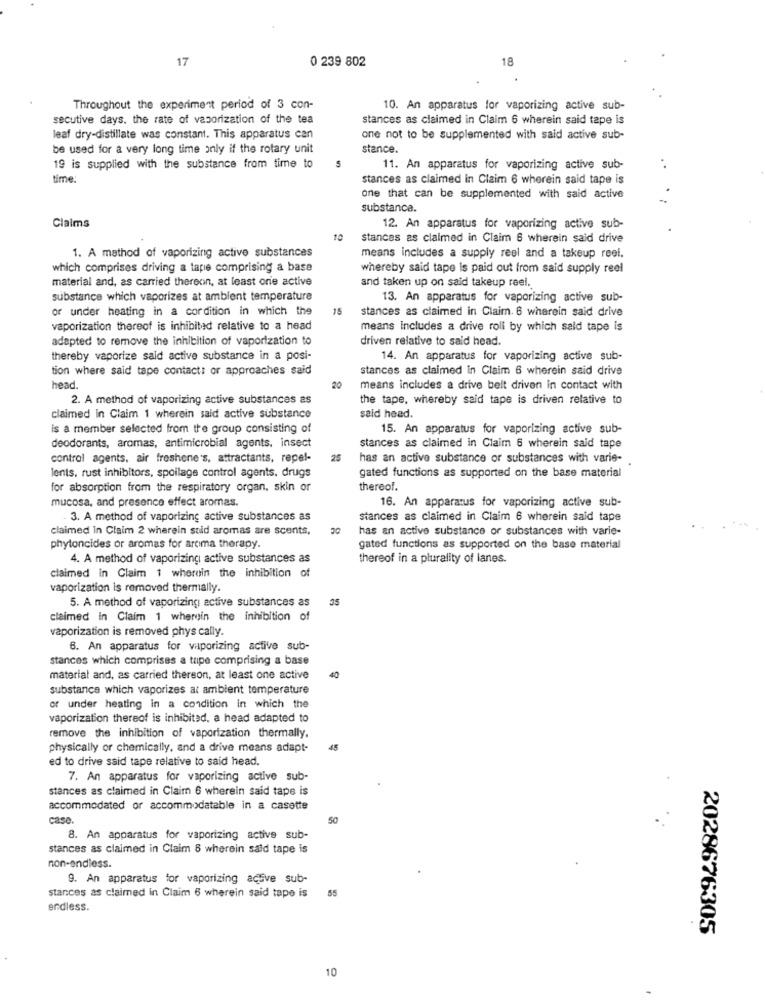
17
0 239 802
18
Throughout the experiment period of 3 con-
10. An apparatus for vaporizing active sub-
secutive days. the rate of vaporization of the tea
stances as claimed in Claim 6 wherein said tape is
leaf dry-distillate was constant. This apparatus can
one not to be supplemented with said active sub-
be used for a very long time only if the rotary unit
stance.
5
19 is supplied with the substance from time to
11. An apparatus for vaporizing active sub-
time:
stances as claimed in Claim 6 wherein said tape is
one that can be supplemented with said active
substanca.
Claims
12. An apparatus for vaporizing active sub-
10
stances as claimed in Claim 6 wherein said drive
1. A method of vaporizing active substances
means includes a supply reel and a takeup reef.
which comprises driving a tape comprising a base
whereby said tape is paid out from said supply reel
material and, as carried thereon, at least orie active
and taken up on said takeup reel.
substance which vaporizes at ambient temperature
13. An apparatus for vaporizing active sub-
or under heating in a cordition in which the
15
stances as claimed in Claim. 6 wherein said drive
vaporization thereof is inhibited relative to a head
means Includes a drive roll by which said tape is
adapted to remove the inhibition of vaporization to
driven relative to said head.
thereby vaporize sald active substance in a posi-
14. An apparatus for vaporizing active sub-
tion where said tape contact: or approaches said
stances as claimed in Claim 6 wherein said drive
head.
20
means includes a drive belt driven in contact with
2. A method of vaporizing active substances as
the tape, whereby said tape is driven relative to
claimed in Claim 1 wherein said active substance
said head.
is a member selected from the group consisting of
15. An apparatus for vaporizing active sub-
deodorants, aromas, antimicrobial agents, insect
stances as claimed in Claim 6 wherein said tape
control agents. air freshone's, attractants, repel-
25
has an active substance or substances with varie-
gated functions as supported on the base material
lents, rust inhibitors, spoilage control agents. drugs
for absorption from the respiratory organ, skin or
thereof.
mucosa, and presence effect aromas.
16. An apparatus for vaporizing active sub-
. 3. A method of vaporizing active substances as
stances as claimed in Claim 6 wherein said tape
claimed In Claim 2 wherein stid aromas are scents,
has an active substance or substances with varie-
phytoncides or aromas for aroma therapy.
gated functions as supported on the base material
4. A method of vaporizing active substances as
thereof in a plurality of lanes.
claimed in Claim 1 wherein the inhibition of
vaporization is removed thermally.
5. A method of vaporizing active substances as
35
claimed in Claim 1 wherein the inhibition of
vaporization is removed phys cally.
6. An apparatus for vaporizing active sub-
stances which comprises a tupe comprising a base
material and, as carried therson, at least one active
40
substance which vaporizes at ambient temperature
or under heating in a condition in which the
vaporization thereof is inhibited, a head adapted to
remove the inhibition of vaporization thermally.
physically or chemically, and a drive means adapt-
45
ed to drive said tape relative to said head
7. An apparatus for vaporizing active sub-
stances as claimed in Claim 6 wherein said tape is
accommodated or accommodatable in a casette
case.
8. An apparatus for vaporizing active sub-
stances as claimed in Claim 5 wherein sald tape is
non-endless.
9. An apparatus for vaporizing active sub-
55
stances as claimed in Claim 6 wherein said tape is
endless.
2028676305
10